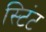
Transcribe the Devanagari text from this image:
स्टिंट